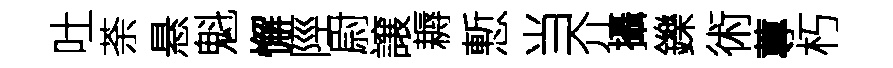
吐荼悬魁懈陘尉譲耨慙当介攝鑠術蓴朽